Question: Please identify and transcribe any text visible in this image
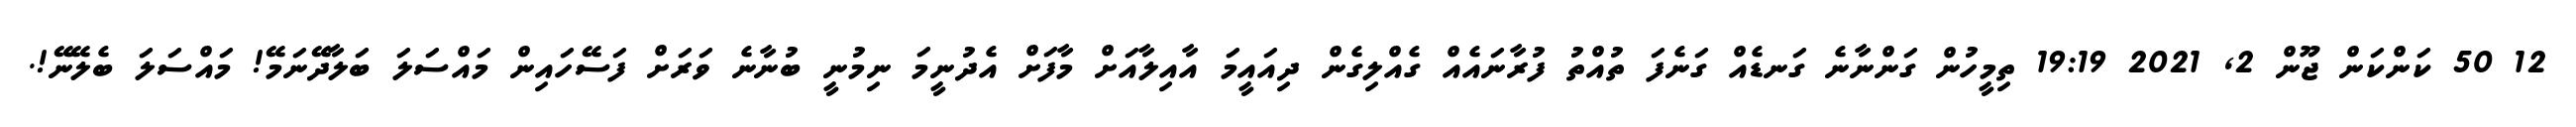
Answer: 12 50 ކަންކަން ޖޫން 2, 2021 19:19 ތިމީހުން ގަންނާނެ ގަނޑެއް ގަނެފަ ތުއްތު ފުރާނައެއް ގެއްލިގެން ދިއައީމަ އާއިލާއަށް މާފަށް އެދުނީމަ ނިމުނީ ބުނާނެ ވަރަށް ފަސޭހައިން މައްސަލަ ބަލާދޭނަމޭ! މައްސަލަ ބެލޭނޭ!.